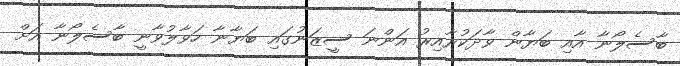
ބާސެލޯނާ އާއި ބަޔާން ވާދަކުރާއިރު އަންނަ ސީޒަނުގައި ބަޔާނާ ހަވާލުވާނީ ބާސެލޯނާ އަށް